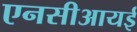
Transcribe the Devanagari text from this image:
एनसीआयई